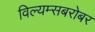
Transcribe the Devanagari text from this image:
विल्यम्सबरोबर